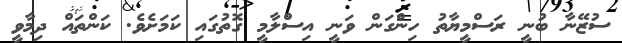
ސުޒޭނާ ބުނީ ރަސްމީޔާތު ހިންގަން ވަނީ އިސްލާމީ ގޮތުގައި ކަމަށެވެ. ކަންތައް ދިމާވީ